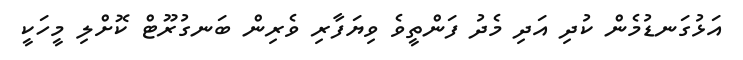
އަޅުގަނޑުމެން ކުދި އަދި މެދު ފަންތީވެ ވިޔަފާރި ވެރިން ބަނގުރޫޓް ކޮށްލި މީހަކީ